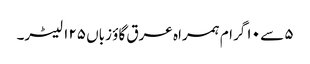
۵ سے ۱۰ گرام ہمراہ عرق گاؤ زباں ۱۲۵ لیٹر۔